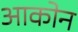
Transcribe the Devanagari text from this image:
आकोन